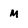
Character: M